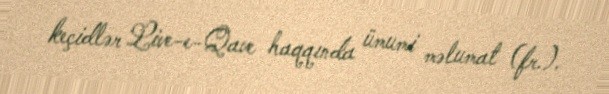
keçidlər Live-e-Qave haqqında ümumi məlumat (fr.).